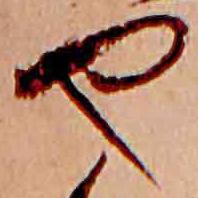
や